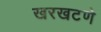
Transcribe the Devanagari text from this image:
खरखटणे